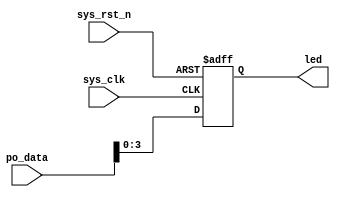
module led_ctrl(
    input   wire        sys_clk     ,
    input   wire        sys_rst_n   ,
    input   wire [7: 0] po_data     ,

    output  reg  [3: 0] led
);
wire [3: 0] data;
assign data = po_data[3: 0];
always @(posedge sys_clk or negedge sys_rst_n)begin
    if(!sys_rst_n)begin
        led <= 4'b0000;
    end 
    else begin
        led <= data;
    end
end 

endmodule